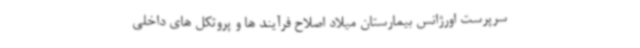
سرپرست اورژانس بیمارستان میلاد اصلاح فرآیند ها و پروتکل های داخلی